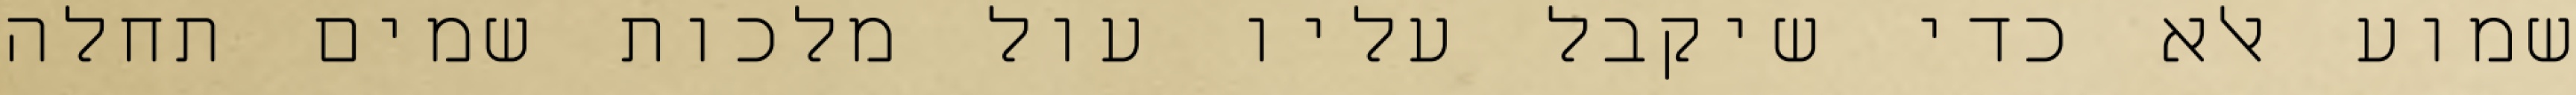
שמוע אלא כדי שיקבל עליו עול מלכות שמים תחלה